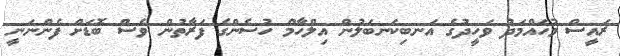
ރައީސް މުހައްމަދު ވަހީދުގެ އަނބިކަނބަލުން އިލްހާމް ހުސެންގެ ފަރާތުން ވެސް ބޮޑަށް ފެންނަނީ